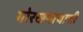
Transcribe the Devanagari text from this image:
गोरखनाथाची